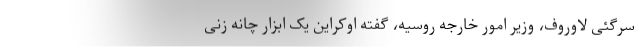
سرگئی لاوروف، وزیر امور خارجه روسیه، گفته اوکراین یک ابزار چانه زنی